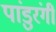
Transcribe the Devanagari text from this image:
पांडुरंगीं